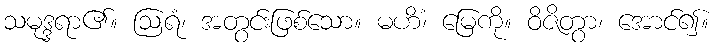
သမုဒ္ဒရာ၏။ ဩရံ၊ အတွင်းဖြစ်သော။ မဟိံ၊ မြေကို။ ဝိဇိတွာ၊ အောင်၍။